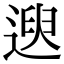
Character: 𫐯